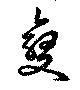
變